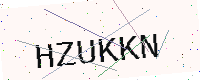
Text: HZUKKN